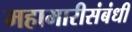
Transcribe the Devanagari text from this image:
महामारीसंबंधी